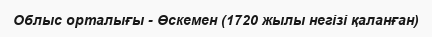
Облыс орталығы - Өскемен (1720 жылы негізі қаланған)